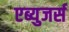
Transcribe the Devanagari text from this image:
एब्युजर्स